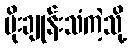
မိုးချုန်းသံကဲ့သို့